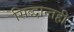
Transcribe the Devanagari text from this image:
सिद्धान्तही